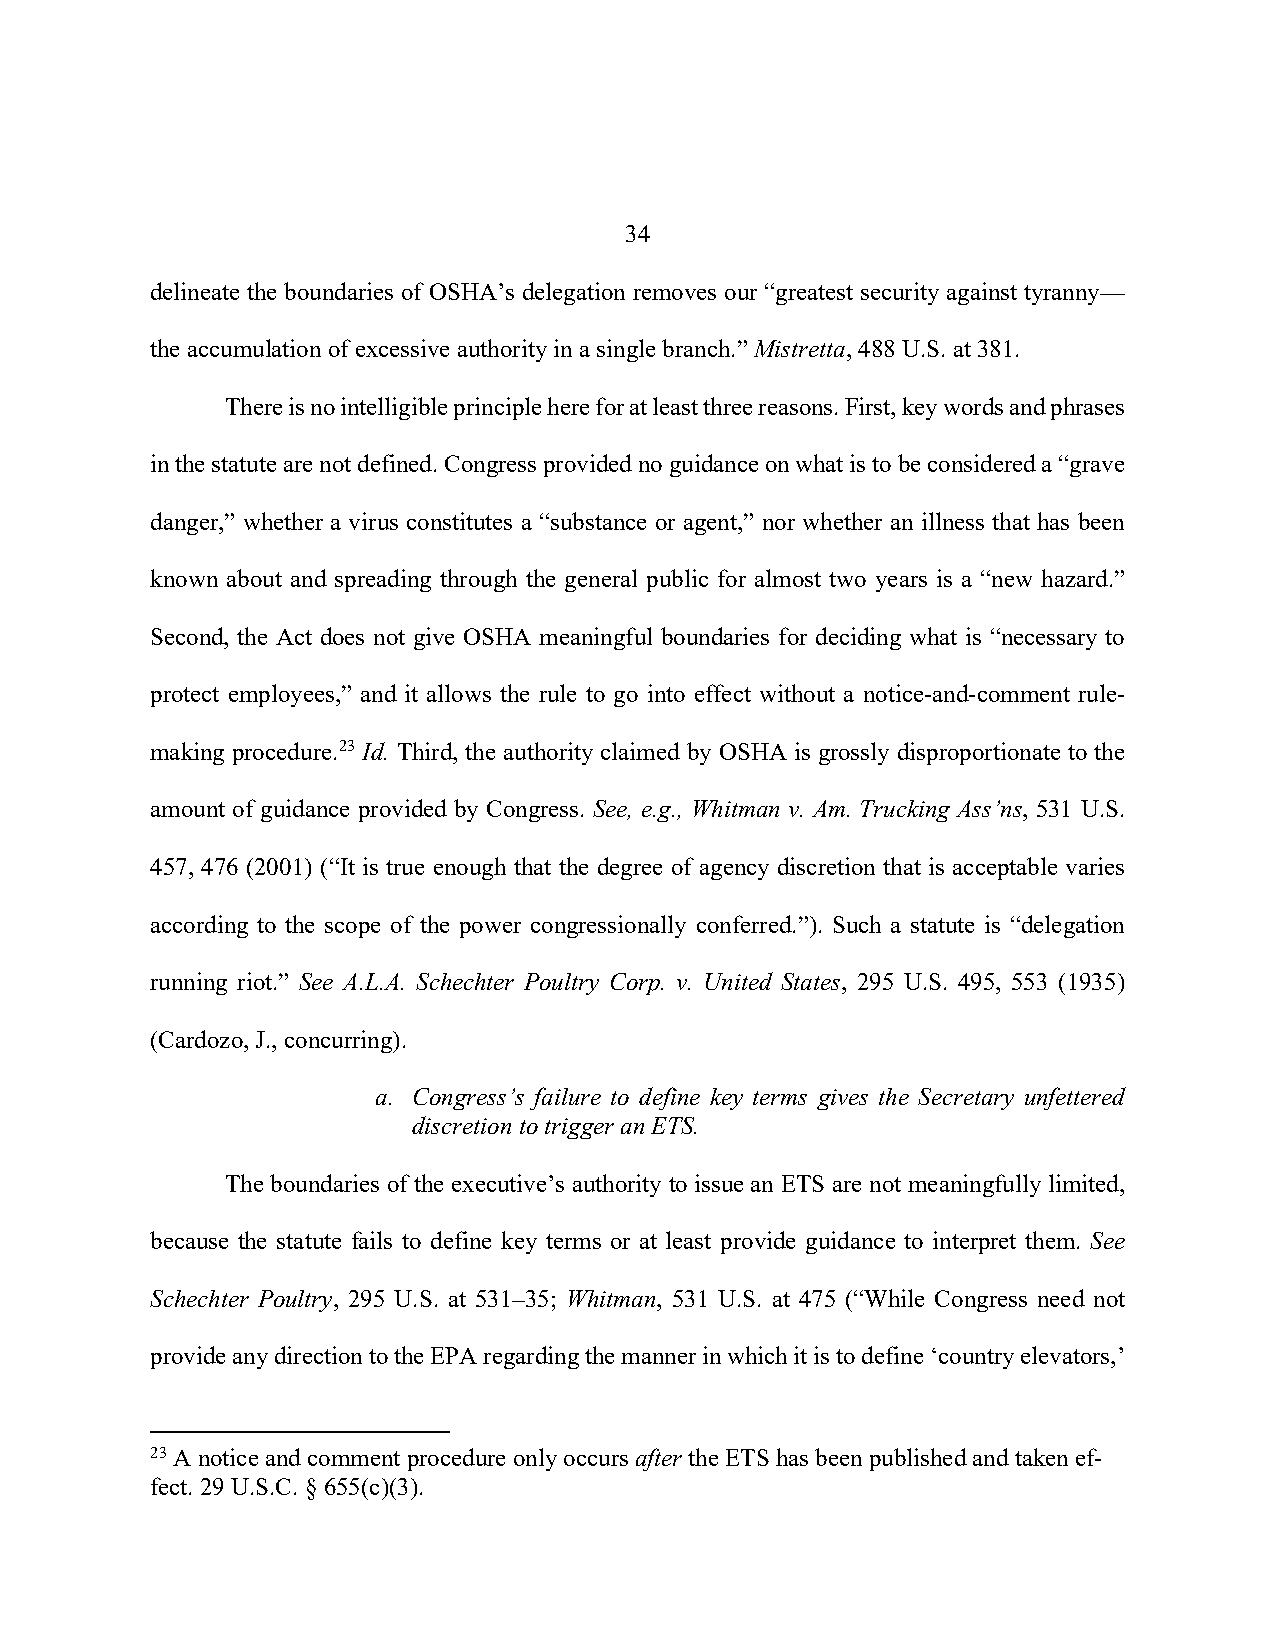
34
 delineate the boundaries of OSHA’s delegation removes our “greatest security against tyranny—
 the accumulation of excessive authority in a single branch.” Mistretta, 488 U.S. at 381.
 There is no intelligible principle here for at least three reasons. First, key words and phrases
 in the statute are not defined. Congress provided no guidance on what is to be considered a “grave
 danger,” whether a virus constitutes a “substance or agent,” nor whether an illness that has been
 known about and spreading through the general public for almost two years is a “new hazard.”
 Second, the Act does not give OSHA meaningful boundaries for deciding what is “necessary to
 protect employees,” and it allows the rule to go into effect without a notice-and-comment rule-
 making procedure.23 Id. Third, the authority claimed by OSHA is grossly disproportionate to the
 amount of guidance provided by Congress. See, e.g., Whitman v. Am. Trucking Ass’ns, 531 U.S.
 457, 476 (2001) (“It is true enough that the degree of agency discretion that is acceptable varies
 according to the scope of the power congressionally conferred.”). Such a statute is “delegation
 running riot.” See A.L.A. Schechter Poultry Corp. v. United States, 295 U.S. 495, 553 (1935)
 (Cardozo, J., concurring).
 a. Congress’s failure to define key terms gives the Secretary unfettered
 discretion to trigger an ETS.
 The boundaries of the executive’s authority to issue an ETS are not meaningfully limited,
 because the statute fails to define key terms or at least provide guidance to interpret them. See
 Schechter Poultry, 295 U.S. at 531–35; Whitman, 531 U.S. at 475 (“While Congress need not
 provide any direction to the EPA regarding the manner in which it is to define ‘country elevators,’
 23 A notice and comment procedure only occurs after the ETS has been published and taken ef-
 fect. 29 U.S.C. § 655(c)(3).